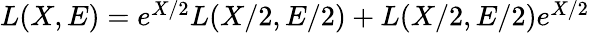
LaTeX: \begin{array}{r}{L(X,E)=e^{X/2}L(X/2,E/2)+L(X/2,E/2)e^{X/2}}\end{array}